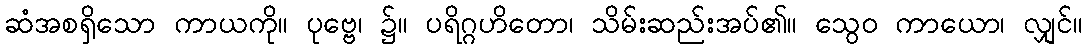
ဆံအစရှိသော ကာယကို။ ပုဗ္ဗေ၊ ၌။ ပရိဂ္ဂဟိတော၊ သိမ်းဆည်းအပ်၏။ သွေဝ ကာယော၊ လျှင်။